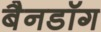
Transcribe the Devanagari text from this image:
बैनडॉग